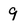
Character: 9